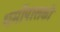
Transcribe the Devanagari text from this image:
धर्मोपासकों